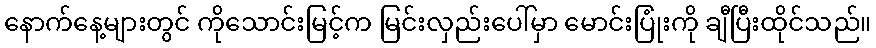
နောက်နေ့များတွင် ကိုသောင်းမြင့်က မြင်းလှည်းပေါ်မှာ မောင်းပြုံးကို ချီပြီးထိုင်သည်။